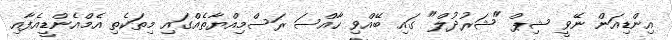
އިންޑިއަން ނޭވީ ޝިޕް "ޝަރުދުލް" ގައި ބޭއްވި ހާއްސަ ރަސްމިއްޔާތެއްގައި މިތަކެތި އެމްއެންޑީއެފާއި